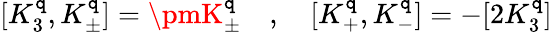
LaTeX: [K_{3}^{\mathtt{q}},K_{\pm}^{\mathtt{q}}]=\pmK_{\pm}^{\mathtt{q}}\quad,\quad[K_{+}^{\mathtt{q}},K_{-}^{\mathtt{q}}]=-[2K_{3}^{\mathtt{q}}]